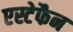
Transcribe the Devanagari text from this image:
एस्टेफैन